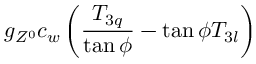
g _ { Z ^ { 0 } } c _ { w } \left( { { \frac { T _ { 3 q } } { \tan \phi } } - \tan \phi T _ { 3 l } } \right)